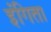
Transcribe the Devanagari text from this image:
इंगिता